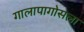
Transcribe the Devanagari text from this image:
गालापागोसला